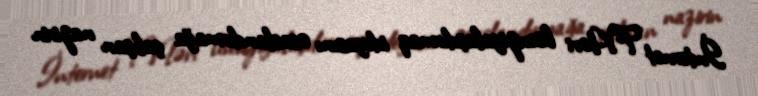
İnternet TV-ləri lisenziyalaşdırmaq ideyasını əsaslandırmağa çalışan nazirin